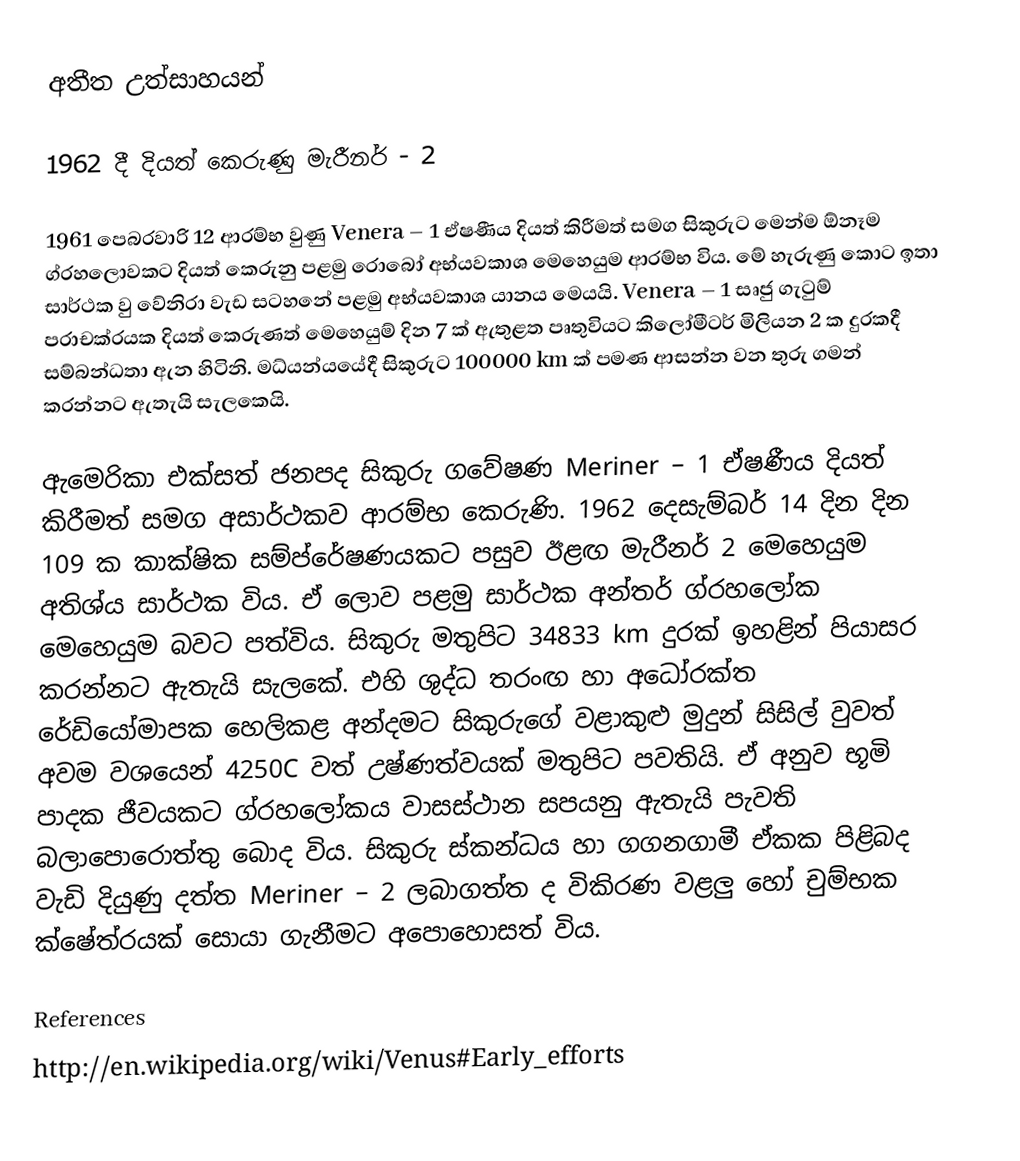
අතීත උත්සාහයන්

1962 දී දියත් කෙරුණු මැරීනර් - 2

1961 පෙබරවාරි 12 ආරම්භ වුණු Venera – 1  ඒෂණීය දියත් කිරීමත් සමග සිකුරුට මෙන්ම ඕනෑම ග්රහලොවකට දියත් කෙරුනු පළමු රොබෝ අභ්යවකාශ මෙහෙයුම ආරම්භ විය. මේ හැරුණු කොට ඉතා සාර්ථක වු වේනිරා වැඩ සටහනේ පළමු අභ්යවකාශ යානය මෙයයි.  Venera – 1  සෘජු ගැටුම් පරාචක්රයක දියත් කෙරුණත් මෙහෙයුම් දින 7 ක් ඇතුළත පෘතුවියට කිලෝමීටර් මිලියන 2 ක දුරකදී සම්බන්ධතා ඇන හිටිනි. මධ්යන්යයේදී සිකුරුට 100000 km ක් පමණ ආසන්න වන තුරු ගමන් කරන්නට ඇතැයි සැලකෙයි.

ඇමෙරිකා එක්සත් ජනපද සිකුරු ගවේෂණ Meriner – 1 ඒෂණීය දියත් කිරීමත් සමග අසාර්ථකව ආරම්භ කෙරුණි. 1962 දෙසැම්බර් 14 දින දින 109 ක කාක්ෂික සම්ප්රේෂණයකට පසුව ඊළඟ මැරීනර් 2 මෙහෙයුම අතිශ්ය සාර්ථක විය. ඒ ලොව පළමු සාර්ථක අන්තර් ග්රහලෝක මෙහෙයුම බවට පත්විය. සිකුරු මතුපිට 34833 km දුරක් ඉහළින් පියාසර කරන්නට ඇතැයි සැලකේ. එහි ශුද්ධ තරංඟ හා අධෝරක්ත රේඩියෝමාපක හෙලිකළ අන්දමට සිකුරුගේ වළාකුළු මුදුන් සිසිල් වුවත් අවම වශයෙන් 4250C වත් උෂ්ණත්වයක් මතුපිට පවතියි. ඒ අනුව භූමි පාදක ජීවයකට ග්රහලෝකය වාසස්ථාන සපයනු ඇතැයි පැවති බලාපොරොත්තු බොද විය. සිකුරු ස්කන්ධය හා ගගනගාමී ඒකක පිළිබද වැඩි දියුණු දත්ත Meriner – 2 ලබාගත්ත ද විකිරණ වළලු හෝ චුම්භක ක්ෂේත්රයක් සොයා ගැනීමට අපොහොසත් විය.

References
http://en.wikipedia.org/wiki/Venus#Early_efforts